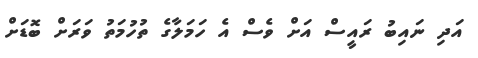
އަދި ނައިބު ރައީސް އަށް ވެސް އެ ހަމަލާގެ ތުހުމަތު ވަރަށް ބޮޑަށް